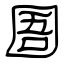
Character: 圄